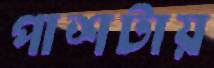
পাশটায়